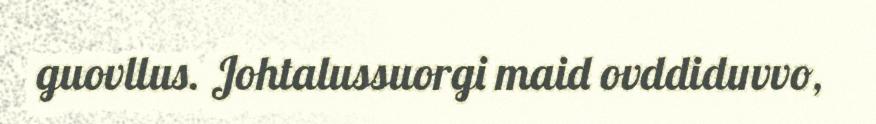
guovllus. Johtalussuorgi maid ovddiduvvo,